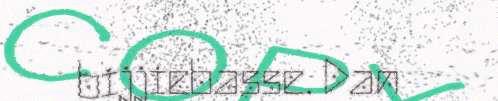
bijjiebasse. Dan